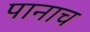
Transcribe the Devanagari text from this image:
पानाच